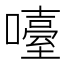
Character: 㘆